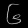
Digit: ၆